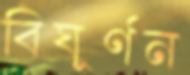
বিঘূর্ণন